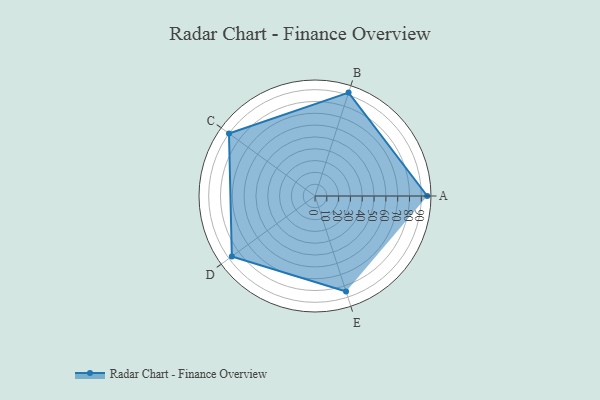
{"axis": {"x": "Skill", "y": "Score"}, "legend": ["Profile"], "data": [{"x": "A", "y": 95.0, "type": "Profile"}, {"x": "B", "y": 92.0, "type": "Profile"}, {"x": "C", "y": 90.0, "type": "Profile"}, {"x": "D", "y": 87.0, "type": "Profile"}, {"x": "E", "y": 85.0, "type": "Profile"}]}